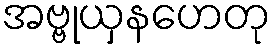
အဗ္ဗုယှနဟေတု